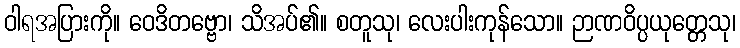
ဝါရအပြားကို။ ဝေဒိတဗ္ဗော၊ သိအပ်၏။ စတူသု၊ လေးပါးကုန်သော။ ဉာဏဝိပ္ပယုတ္တေသု၊